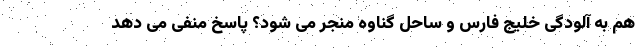
هم به آلودگی خلیج فارس و ساحل گناوه منجر می شود؟ پاسخ منفی می دهد